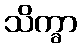
သိက္ခာ